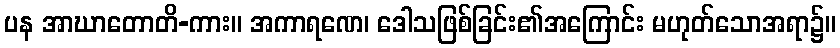
ပန အာဃာတောတိ-ကား။ အကာရဏေ၊ ဒေါသဖြစ်ခြင်း၏အကြောင်း မဟုတ်သောအရာ၌။